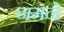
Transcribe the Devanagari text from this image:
नमने